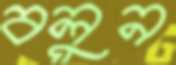
বলুন